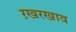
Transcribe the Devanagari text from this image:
ऱखरखाव